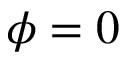
\phi = 0